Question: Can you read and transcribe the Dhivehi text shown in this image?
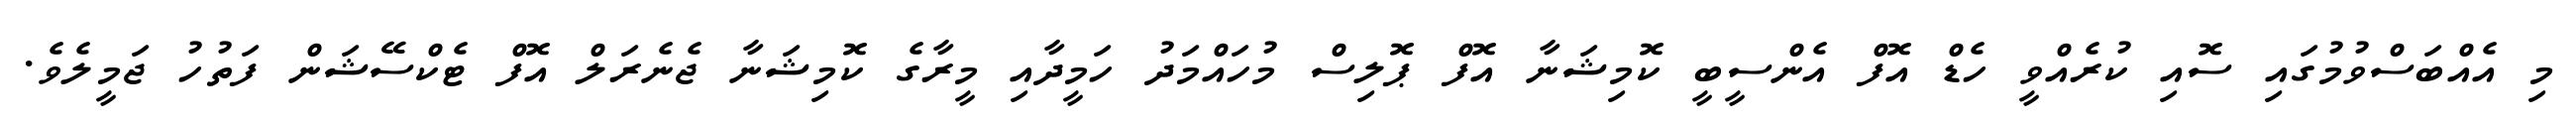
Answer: މި އެއްބަސްވުމުގައި ސޮއި ކުރެއްވީ ހެޑް އޮފް އެންސީބީ ކޮމިޝަނާ އޮފް ޕޮލިސް މުހައްމަދު ހަމީދާއި މީރާގެ ކޮމިޝަނާ ޖެނެރަލް އޮފް ޓެކްސޭޝަން ފަތުހު ޖަމީލެވެ.